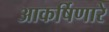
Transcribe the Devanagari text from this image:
आकर्षिणारे